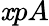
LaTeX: \mathit{x}pA